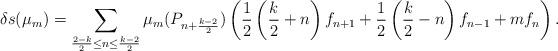
LaTeX: \begin{align*}\delta s(\mu_m)=\sum_{\frac{2-k}{2}\leq n\leq\frac{k-2}{2}}\mu_m(P_{n+\frac{k-2}{2}})\left(\frac{1}{2}\left(\frac{k}{2}+n\right)f_{n+1}+\frac{1}{2}\left(\frac{k}{2}-n\right)f_{n-1}+mf_n\right).\end{align*}